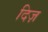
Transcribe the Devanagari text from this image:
दिज़